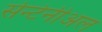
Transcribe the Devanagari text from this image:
सेन्टेनीअल